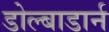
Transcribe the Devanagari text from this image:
डोल्बाडार्न